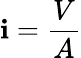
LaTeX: \mathbf{i}={\frac{{V}}{{A}}}